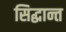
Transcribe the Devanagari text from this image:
सिद्घान्त